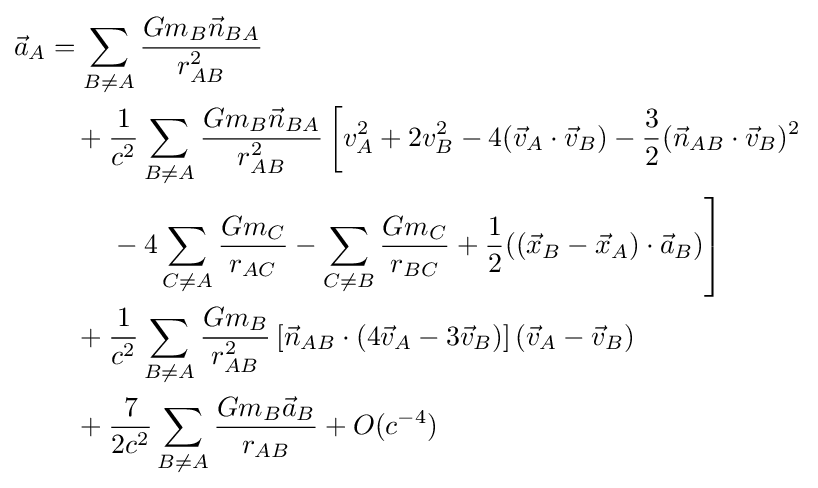
{\begin{aligned}{\vec {a}}_{A}&=\sum _{B\not =A}{\frac {Gm_{B}{\vec {n}}_{BA}}{r_{AB}^{2}}}\\&{}\quad {}+{\frac {1}{c^{2}}}\sum _{B\not =A}{\frac {Gm_{B}{\vec {n}}_{BA}}{r_{AB}^{2}}}\left[v_{A}^{2}+2v_{B}^{2}-4({\vec {v}}_{A}\cdot {\vec {v}}_{B})-{\frac {3}{2}}({\vec {n}}_{AB}\cdot {\vec {v}}_{B})^{2}\right.\\&{}\qquad {}\left.{}-4\sum _{C\not =A}{\frac {Gm_{C}}{r_{AC}}}-\sum _{C\not =B}{\frac {Gm_{C}}{r_{BC}}}+{\frac {1}{2}}(({\vec {x}}_{B}-{\vec {x}}_{A})\cdot {\vec {a}}_{B})\right]\\&{}\quad {}+{\frac {1}{c^{2}}}\sum _{B\not =A}{\frac {Gm_{B}}{r_{AB}^{2}}}\left[{\vec {n}}_{AB}\cdot (4{\vec {v}}_{A}-3{\vec {v}}_{B})\right]({\vec {v}}_{A}-{\vec {v}}_{B})\\&{}\quad {}+{\frac {7}{2c^{2}}}\sum _{B\not =A}{\frac {Gm_{B}{\vec {a}}_{B}}{r_{AB}}}+O(c^{-4})\end{aligned}}